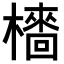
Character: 𣞋